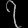
Digit: ၇